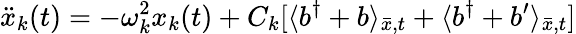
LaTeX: \ddot{x}_{k}(t)=-\omega_{k}^{2}x_{k}(t)+C_{k}[\langle b^{\dagger}+b\rangle_{\bar{x},t}+\langle b^{\dagger}+b^{\prime}\rangle_{\bar{x},t}]